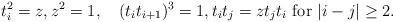
LaTeX: \begin{align*} t_i^2=z,z^2=1,\quad(t_it_{i+1})^3=1,t_it_j=zt_jt_i \mbox{~for~} |i-j|\geq 2.\end{align*}